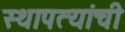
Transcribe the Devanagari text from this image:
स्थापत्यांची